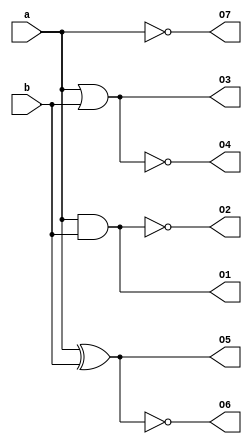
`timescale 1ns / 1ps
module allgates(a,b,O1,O2,O3,O4,O5,O6,O7);
input a,b;
output O1,O2,O3,O4,O5,O6,O7;
and a1(O1,a,b);
nand a2(O2,a,b);
or a3(O3,a,b);
nor a4(O4,a,b);
xor a5(O5,a,b);
xnor a6(O6,a,b);
not a7(O7,a);
endmodule